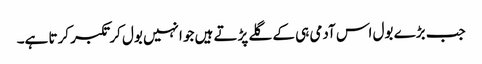
جب بڑے بول اس آدمی ہی کے گلے پڑتے ہیں جو انہیں بول کر تکبر کرتا ہے۔